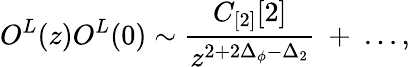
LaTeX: O^{L}(z)O^{L}(0)\sim{\frac{C_{[2]}[2]}{z^{2+2\Delta_{\phi}-\Delta_{2}}}}~+~...,